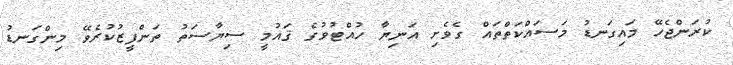
ކުރަންޖެހޭ މައިގަނޑު މަސައްކަތްތައް ގެވެށި އަނިޔާ ހުއްޓުވުގެ ޤައުމީ ސިޔާސަތު ތަންފީޒުކުރެވޭ މިންގަނޑު